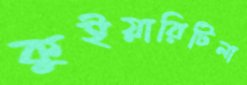
কুইয়ারিটিলা